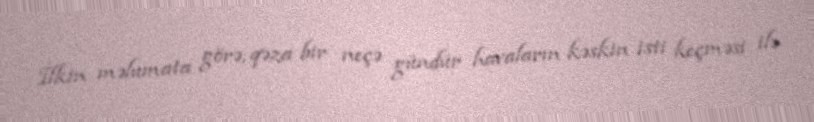
İlkin məlumata görə, qəza bir neçə gündür havaların kəskin isti keçməsi ilə